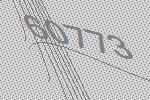
60773